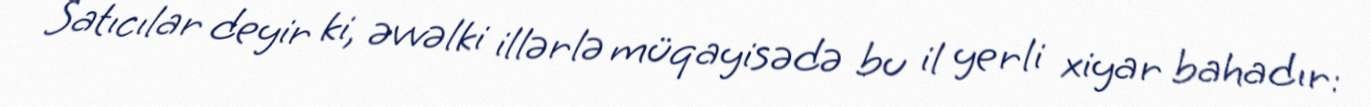
Satıcılar deyir ki, əvvəlki illərlə müqayisədə bu il yerli xiyar bahadır: